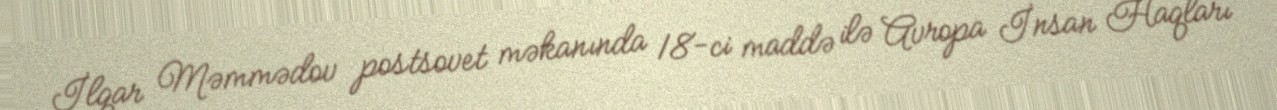
İlqar Məmmədov postsovet məkanında 18-ci maddə ilə Avropa İnsan Haqları